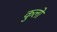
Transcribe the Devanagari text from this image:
कुलो